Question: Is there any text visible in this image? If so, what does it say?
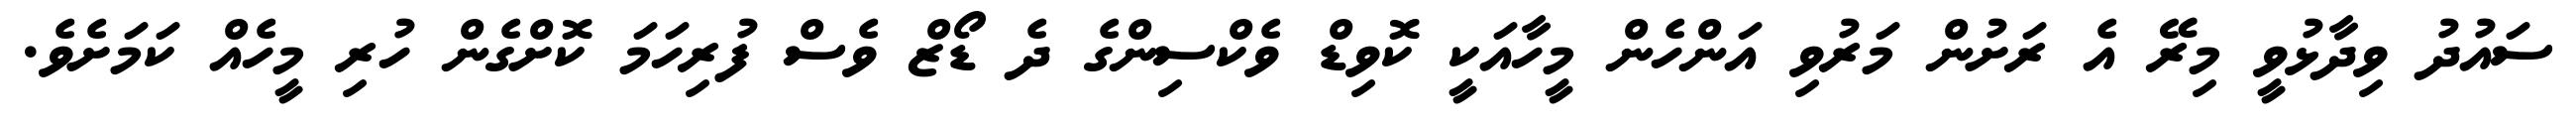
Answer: ސައުދު ވިދާޅުވީ މިރޭ އެ ރަށުން މަރުވި އަންހެން މީހާއަކީ ކޮވިޑް ވެކްސިންގެ ދެ ޑޯޒް ވެސް ފުރިހަމަ ކޮށްގެން ހުރި މީހެއް ކަމަށެވެ.